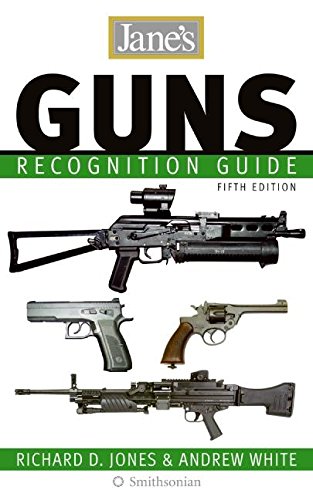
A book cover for Jane's Guns Recognition Guide 5e; Richard D. Jones; Crafts, Hobbies & Home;